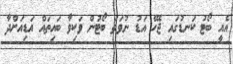
އެއީ ބޯޓު ކަނޑުގައި ޖެހޭ އަޑު ނުވަތަ ބޯޓުން ވަކިވާ ބައިތައް އަޑިއަށްދާ